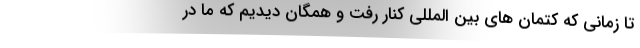
تا زمانی که کتمان های بین المللی کنار رفت و همگان دیدیم که ما در